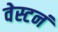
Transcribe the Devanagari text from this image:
वेस्टनं